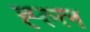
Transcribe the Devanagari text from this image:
ह्ल्ल